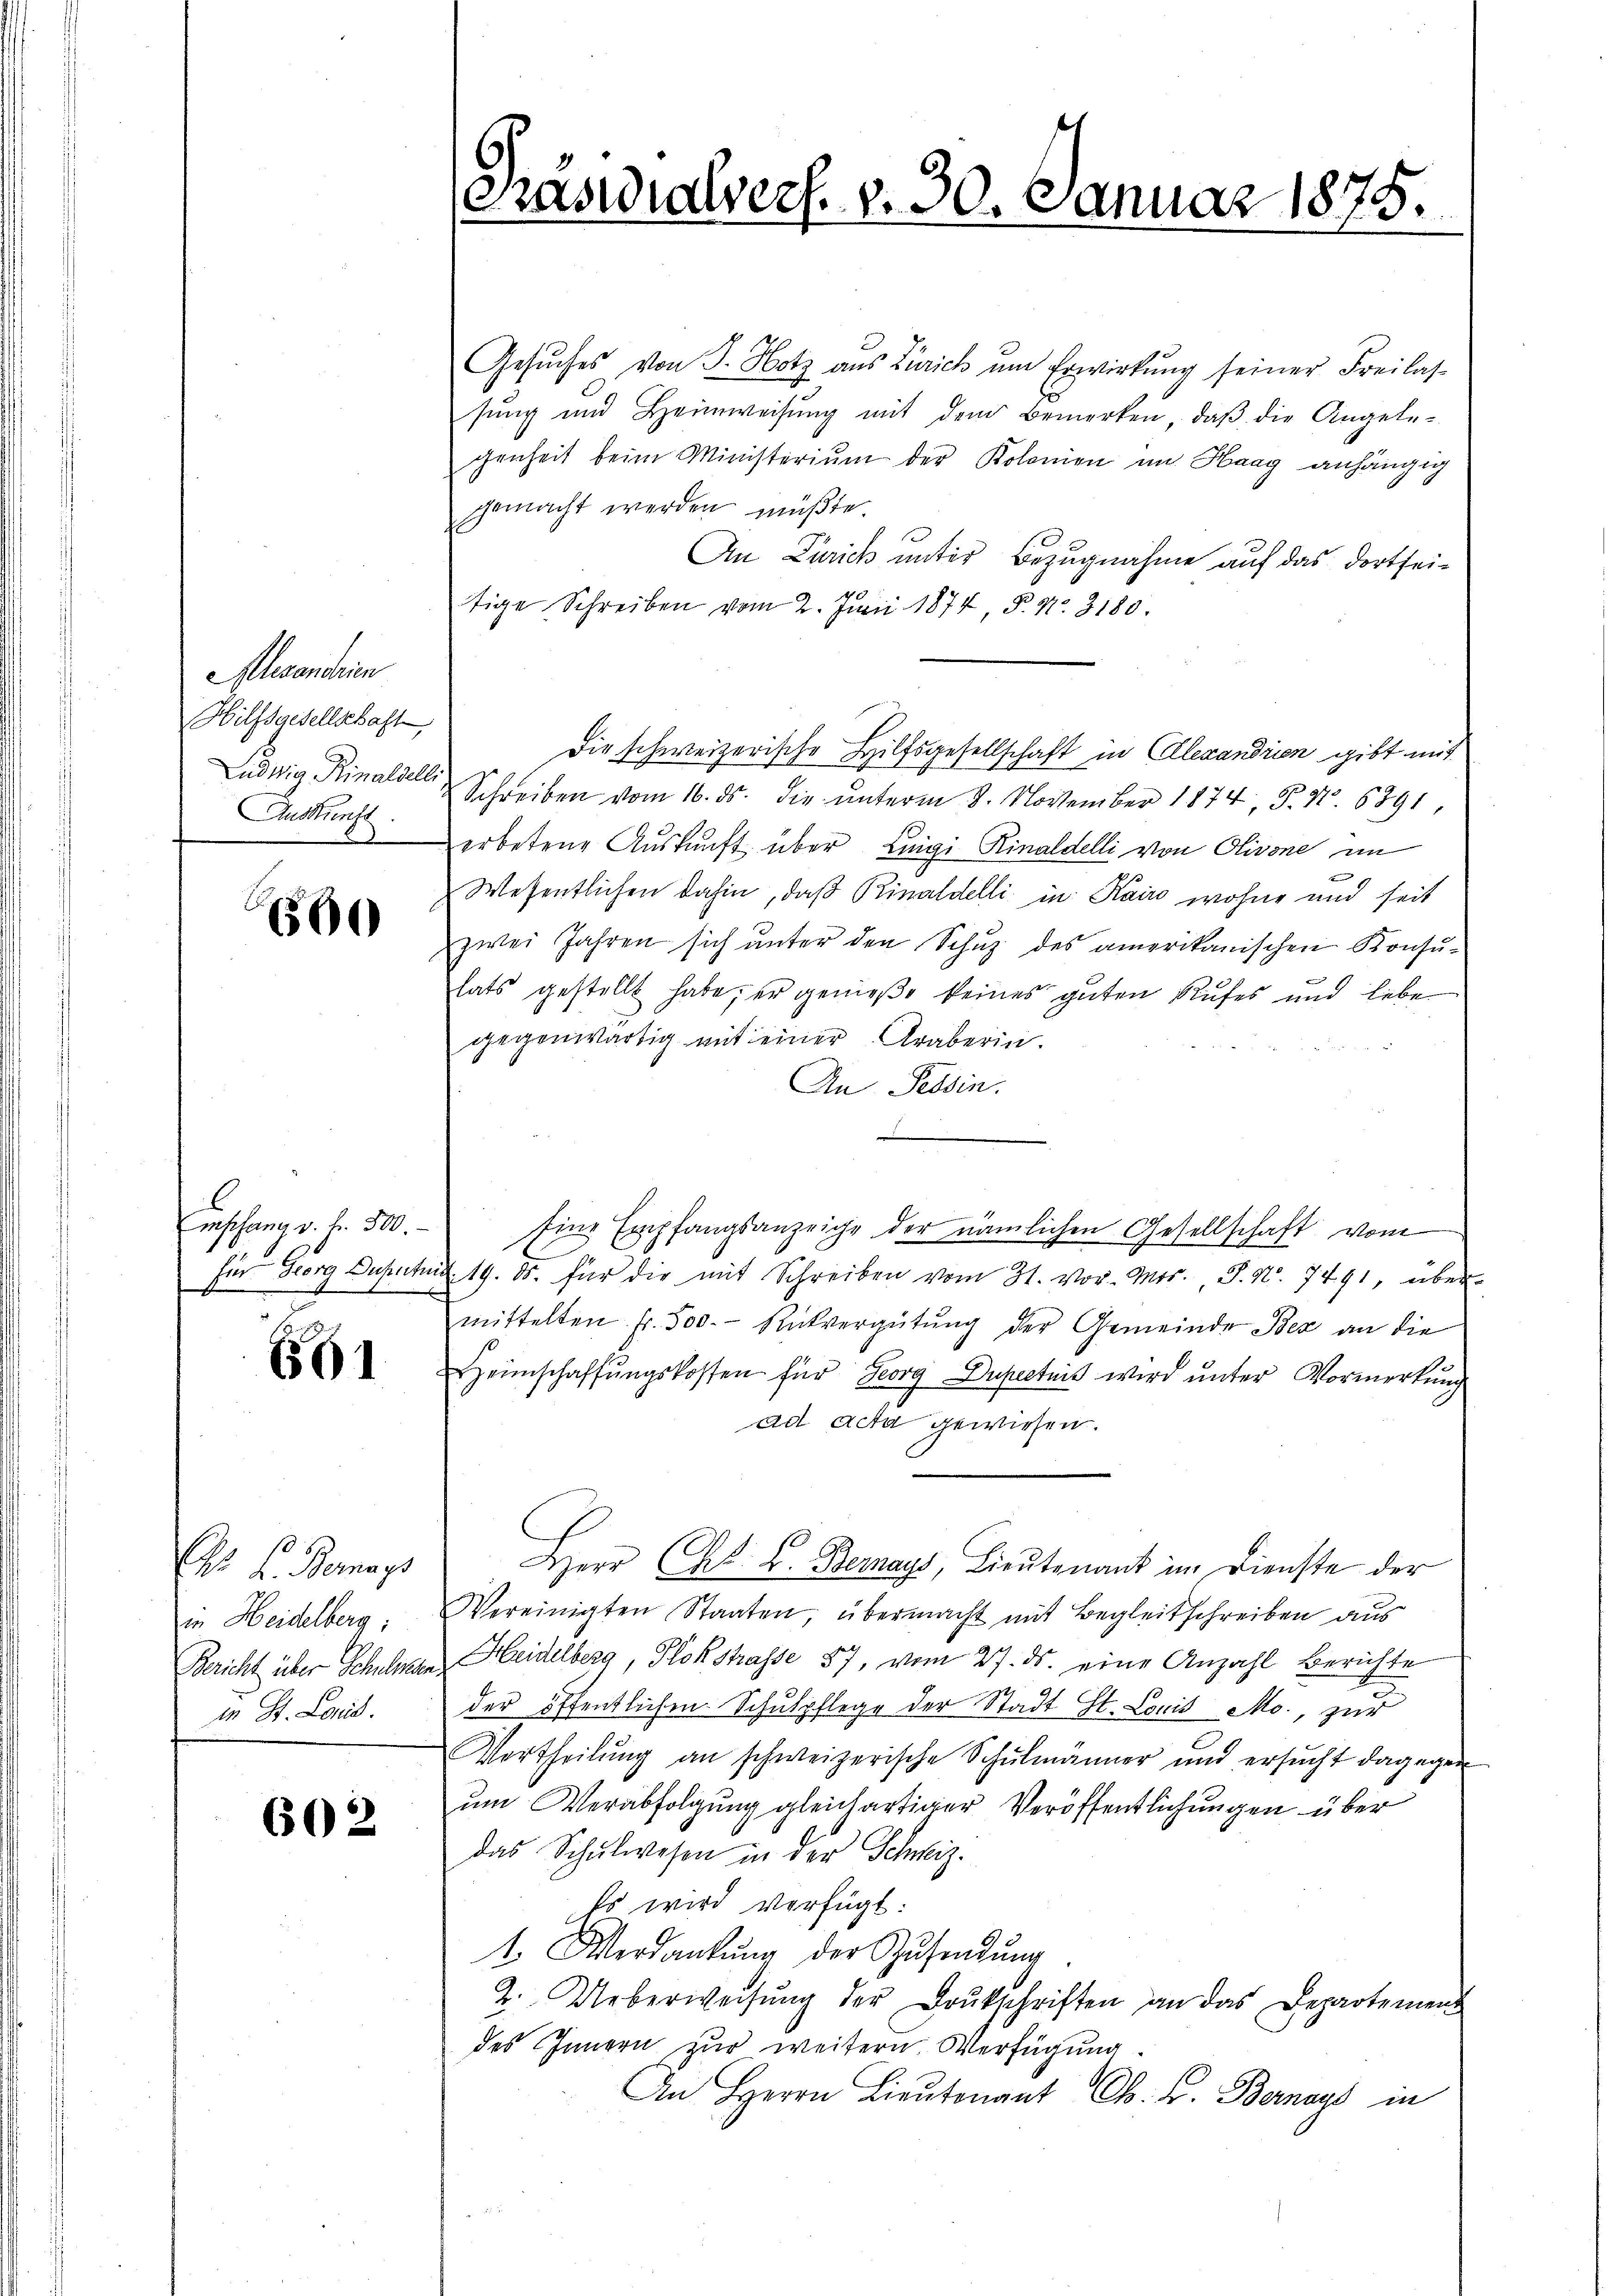
Alexandrin
Hilfsgesellschaft
Ludwig Rinaldell
Auskunft.

660

Empfang v. 2. 500.
Für Georg Duputu

6561

F. Bernays
in Heidelberg;
Bericht über Schulgen
in St. Laud.

602

Päswialvers. v. 30. Januar 1875.

Gesŭches von J. Hotz aus Zürich um Erwirkŭng seiner Freilas-
sŭng und Heimweisŭng mit dem Bemerken, daβ die Angele-
genheit beim Ministerium der Kolonien im Haag anhängig
gemacht werden müßte
An Zürich unter Bezugnahme auf das dortseitige Schreiben vom 2. Juni 1874 P. Nr. 3180.
Die schweizerische Hilfsgesellschaft in Ellexandrien gibt mit
Schreiben vom 16. ds. die unterm 8. November 1874. S. No 6891
erbetene Aŭskŭnft über Luigi Rinaldelli von Olivone in
Wesentlichen dahin, daß Rinaldelli in Kairo wohne und seit
zwei Jahren sich unter den Schuz des amerikanischen Konsu-
lats gestellt habe, er genieße keines guten Rufes und lebe
gegenwärtig mit einer Araberin.
An Tessin.
n
Eine Empfangsanzeige der nämlichen Gesellschaft vom
in 19. ds. für die mit Schreiben vom 31. vor. Mor. P. Nr. 7491, über-
mittelten fr. 500. Rückvergütung der Gemeinde Bex an die
Heimschaffŭngskosten für Georg Dupectuis wird ŭnter Vormerkung
ad acta gewiesen.
Herr CG. L. Bernays, Lieutenant im Dienste der
Vereinigten Staaten, übermacht mit Begleitschreiben aus
Heidelberg, Plokstrasse 87, vom 27. ds. eine Anzahl Berichte
der öffentlichen Schulpflege der Stadt St. Louis Mo., zur
Vertheilung an schweizerische Schulmänner und ersŭcht dagegen
um Verabfolgung gleichartiger Veröffentlichungen über
das Schŭlwesen in der Schweiz.
Es wird verfügt:
1. Werdankŭng der Zŭsendŭng
2. Ueberweisŭng der Drukschriften an das Departement
des Innern zur weitern. Verfügung
An Herrn Lieutnant Ch. F. Bernay in